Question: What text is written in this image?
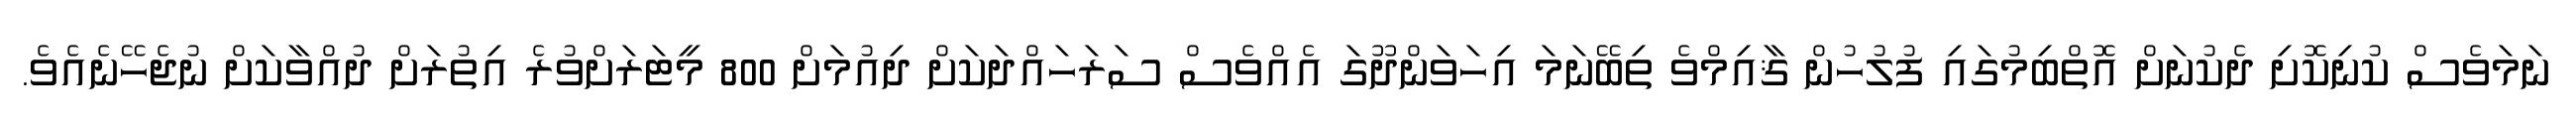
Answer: ނަމަވެސް ކުނިކޮށި ދެކުނަށް އޮތްބިމުގައި ފުލުހުން ޤާއިމްވެ ތިބޭނަމަ އިހަވަންދޫގަ އެއްވެސް ސަރަހައްދަކަށް ދިއުމަށް 800 މީޓަރަށްވުރެ އިތުރަށް ދުއްވާކަށް ނުޖެހޭނެއެވެ.